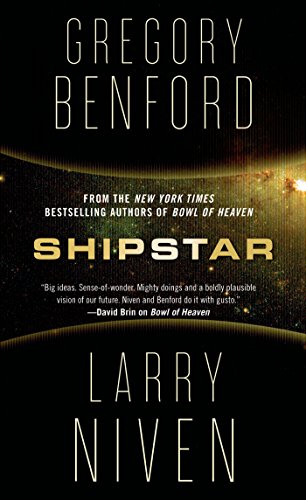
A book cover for Shipstar: A Science Fiction Novel; Gregory Benford; Science Fiction & Fantasy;